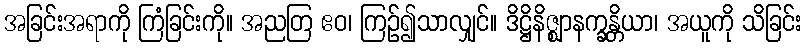
အခြင်းအရာကို ကြံခြင်းကို။ အညတြ ဧဝ၊ ကြဉ်၍သာလျှင်။ ဒိဋ္ဌိနိဇ္ဈာနက္ခန္တိယာ၊ အယူကို သိခြင်း